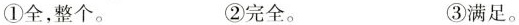
①全，整个。 ②完全。 ③满足。